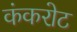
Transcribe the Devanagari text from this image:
कंकरोट